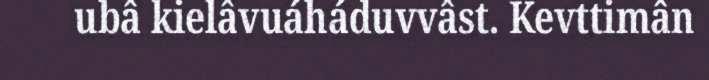
ubâ kielâvuáháduvvâst. Kevttimân